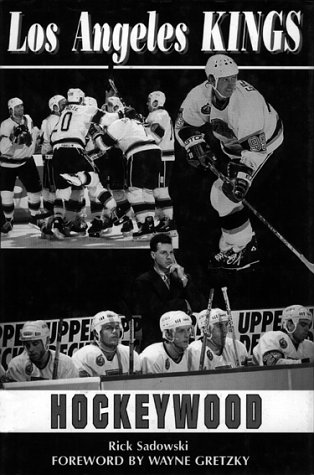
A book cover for Los Angeles Kings; Hockeywood; Rick Sadowski; Sports & Outdoors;